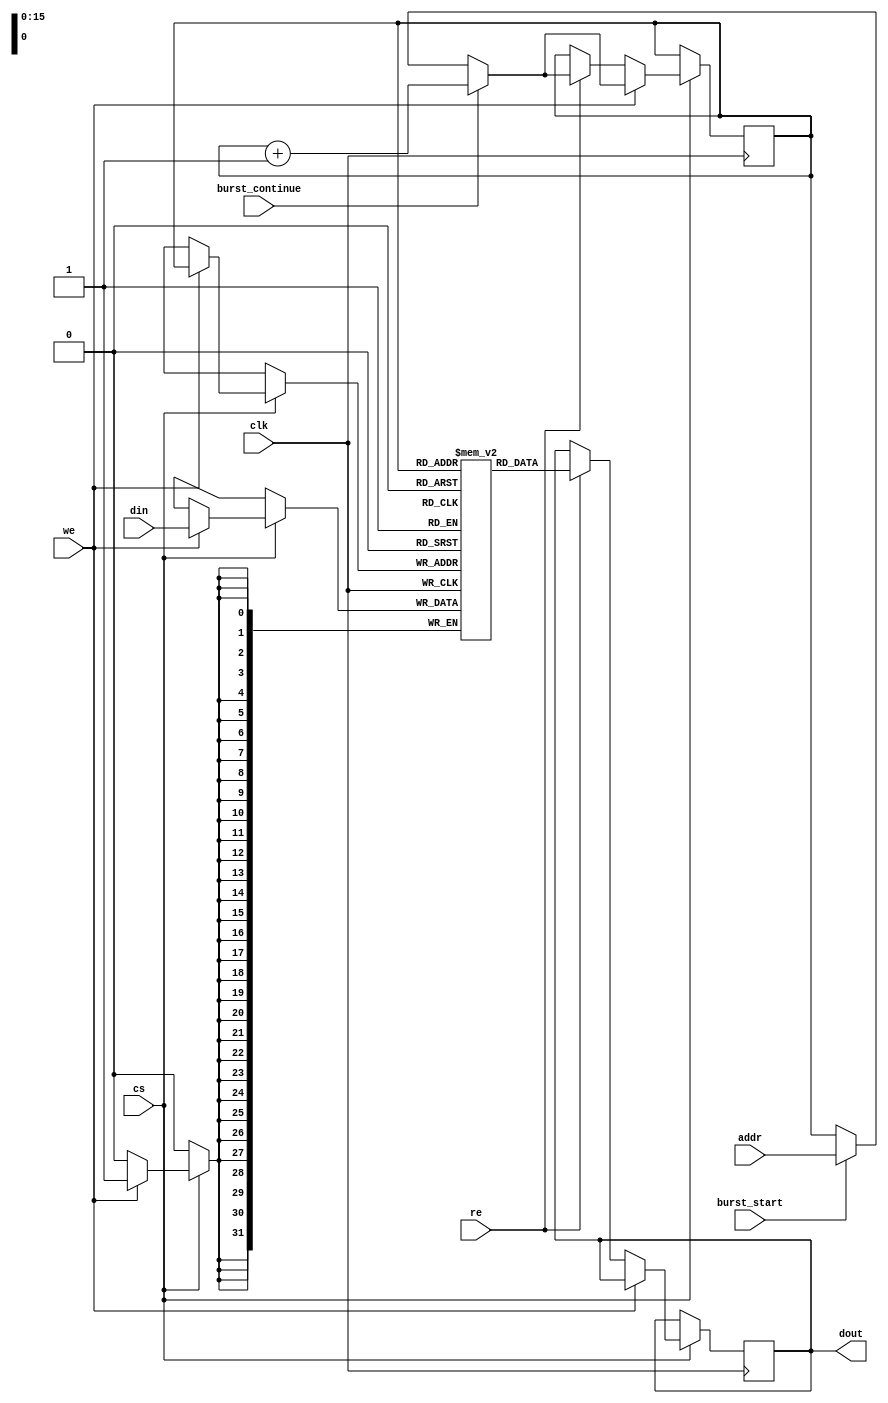
module burst_sram #(
    parameter DATA_WIDTH = 32,         // Configurable data width (8, 16, 32, 64)
    parameter ADDRESS_WIDTH = 16,      // Configurable address width (16, 24, 32)
    parameter BURST_LENGTH = 4          // Configurable burst length (1, 4, 8)
) (
    input wire                     clk,     // Clock signal for synchronous operation
    input wire                     cs,      // Chip Select
    input wire                     we,      // Write Enable
    input wire                     re,      // Read Enable
    input wire [ADDRESS_WIDTH-1:0] addr,    // Address input
    input wire [DATA_WIDTH-1:0]   din,     // Data input for write operations
    output reg [DATA_WIDTH-1:0]   dout,    // Data output for read operations
    input wire                     burst_start, // Signals the start of a burst operation
    input wire                     burst_continue // Signals to continue burst
);

// Memory array declaration
reg [DATA_WIDTH-1:0] memory [(2**ADDRESS_WIDTH)-1:0]; // Memory array

// Internal burst control variables
reg [ADDRESS_WIDTH-1:0] burst_addr; // Address for burst operations
integer burst_count; // Counter for burst length

// Initialize memory (synchronous reset or power-up)
initial begin
    burst_count = 0;
    dout = 0;
end

// Main synchronous operation block
always @(posedge clk) begin
    if (cs) begin
        if (we) begin
            // Write operation
            if (burst_start) begin
                burst_addr <= addr; // Initialize burst address
                burst_count <= 0; // Reset burst counter
            end
            // Write the data
            memory[burst_addr] <= din;

            // Increment the address for burst writing
            if (burst_continue) begin
                burst_addr <= burst_addr + 1;
                burst_count <= burst_count + 1;
                if (burst_count >= BURST_LENGTH - 1) begin
                    burst_count <= 0; // Reset burst counter after reaching limit
                end
            end
        end else if (re) begin
            // Read operation
            if (burst_start) begin
                burst_addr <= addr; // Initialize burst address
                burst_count <= 0; // Reset burst counter
            end
            // Output the data on the bus
            dout <= memory[burst_addr];

            // Increment the address for burst reading
            if (burst_continue) begin
                burst_addr <= burst_addr + 1;
                burst_count <= burst_count + 1;
                if (burst_count >= BURST_LENGTH - 1) begin
                    burst_count <= 0; // Reset burst counter after reaching limit
                end
            end
        end
    end
end

endmodule